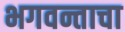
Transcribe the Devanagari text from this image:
भगवन्ताचा